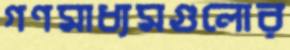
গণমাধ্যমগুলোর